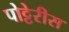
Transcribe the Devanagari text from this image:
पोट्टेरीस